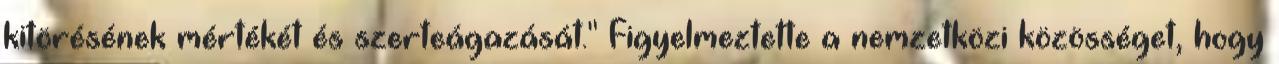
kitörésének mértékét és szerteágazását." Figyelmeztette a nemzetközi közösséget, hogy